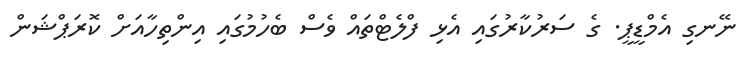
ނޭނގި އެމްޑީޕީ. ގެ ސަރުކާރުގައި އެޅި ފްލެޓްތައް ވެސް ބެހުމުގައި އިންތިހާއަށް ކޮރަޕްޝަން